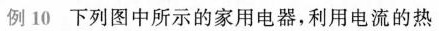
例10下列图中所示的家用电器，利用电流的热